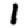
Digit: 1